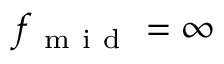
f _ { \mathrm { ~ m ~ i ~ d ~ } } = \infty